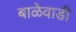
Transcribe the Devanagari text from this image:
बाळेवाडी